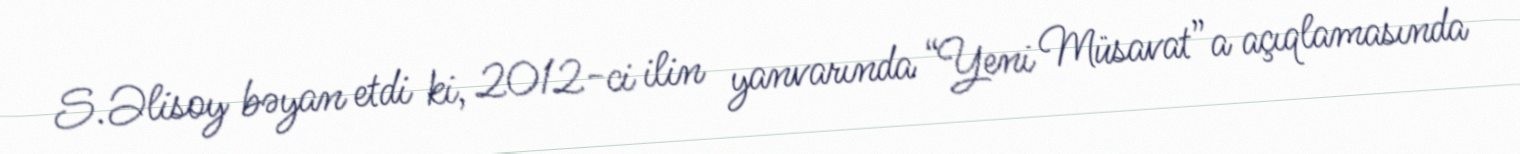
S.Əlisoy bəyan etdi ki, 2012-ci ilin yanvarında “Yeni Müsavat”a açıqlamasında